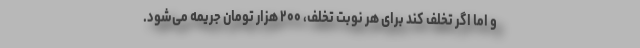
و اما اگر تخلف کند برای هر نوبت تخلف، ۲۰۰ هزار تومان جریمه می‌شود.